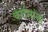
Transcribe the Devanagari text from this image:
कर्दमांना